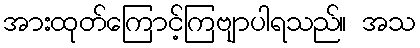
အားထုတ်ကြောင့်ကြဗျာပါရသည်။ အသ